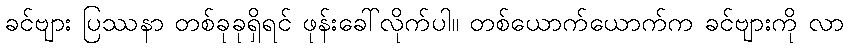
ခင်ဗျား ပြဿနာ တစ်ခုခုရှိရင် ဖုန်းခေါ်လိုက်ပါ။ တစ်ယောက်ယောက်က ခင်ဗျားကို လာ